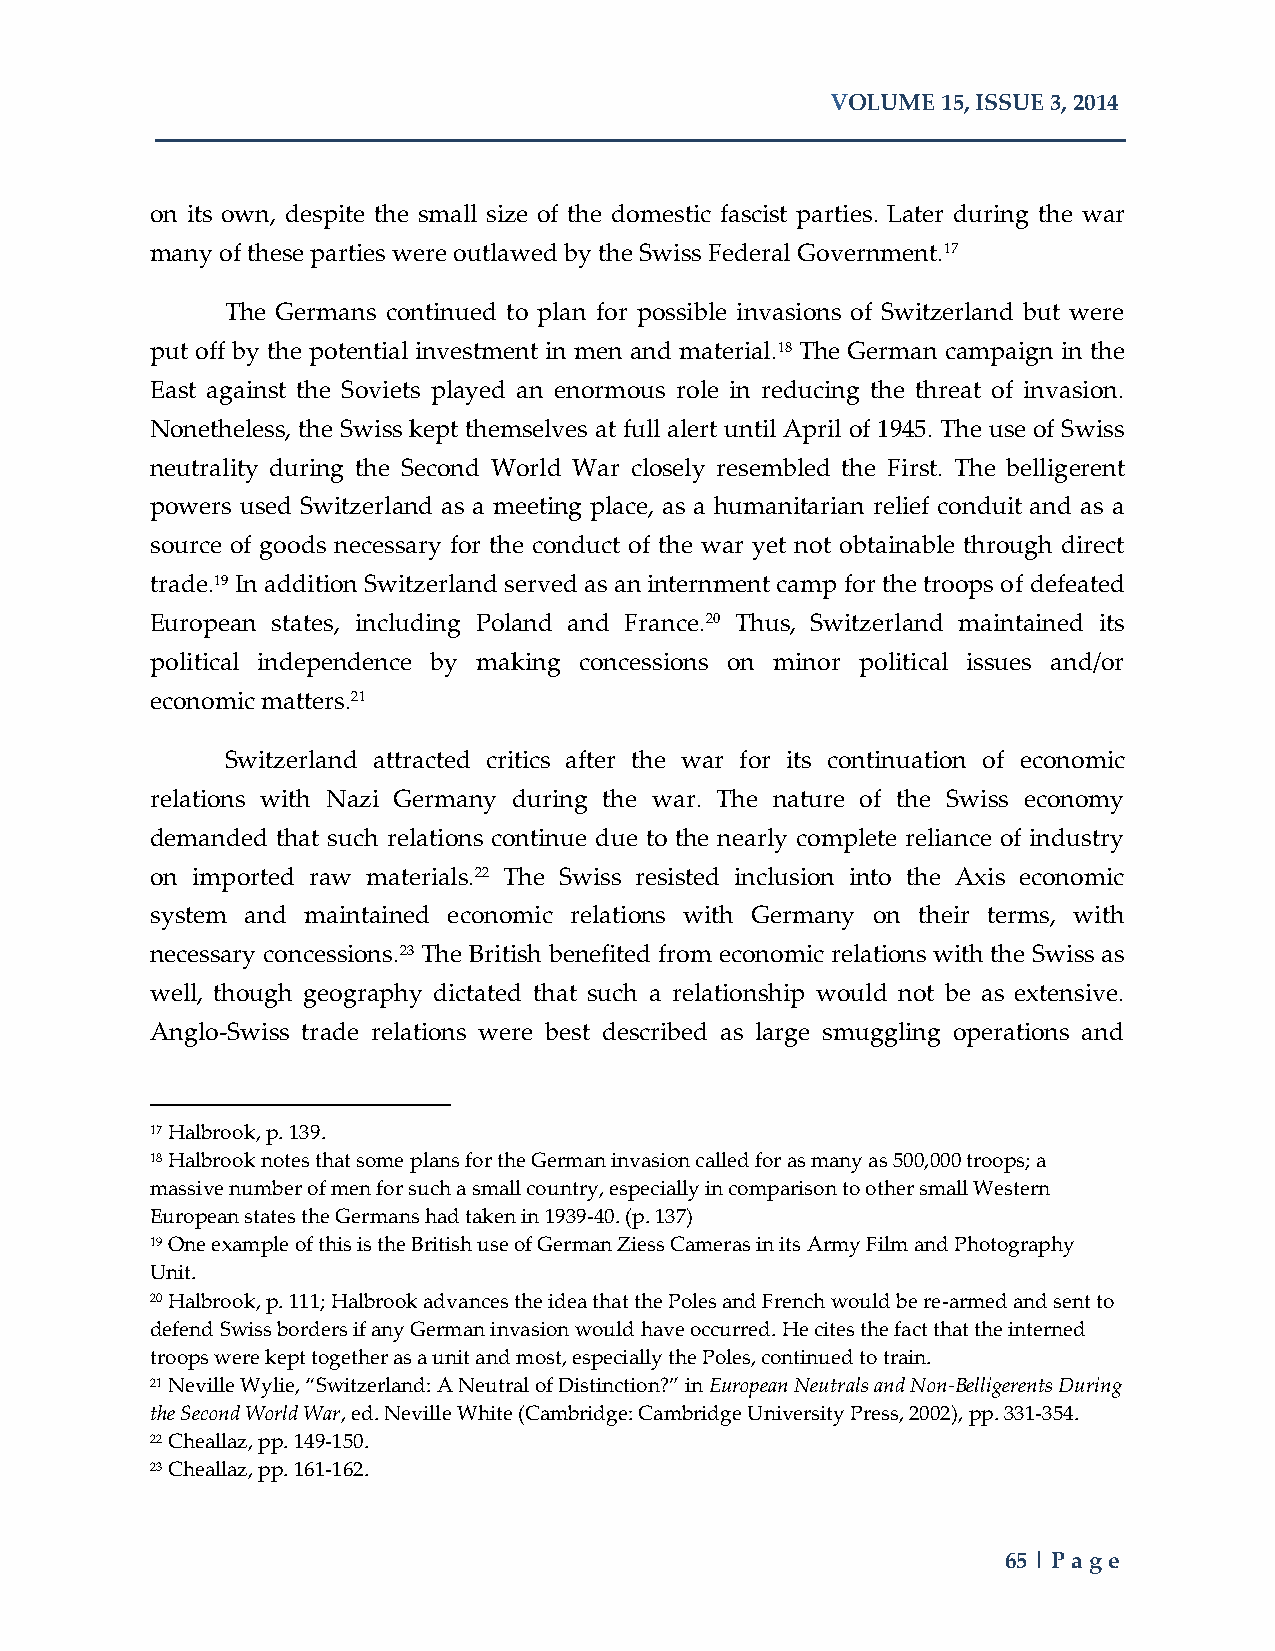
VOLUME 15, ISSUE 3, 2014
 on its own, despite the small size of the domestic fascist parties. Later during the war
 many of these parties were outlawed by the Swiss Federal Government.17
 The Germans continued to plan for possible invasions of Switzerland but were
 put off by the potential investment in men and material.18 The German campaign in the
 East against the Soviets played an enormous role in reducing the threat of invasion.
 Nonetheless, the Swiss kept themselves at full alert until April of 1945. The use of Swiss
 neutrality during the Second World War closely resembled the First. The belligerent
 powers used Switzerland as a meeting place, as a humanitarian relief conduit and as a
 source of goods necessary for the conduct of the war yet not obtainable through direct
 trade.19 In addition Switzerland served as an internment camp for the troops of defeated
 European states, including Poland and France.20 Thus, Switzerland maintained its
 political independence by making concessions on minor political issues and/or
 economic matters.21
 Switzerland attracted critics after the war for its continuation of economic
 relations with Nazi Germany during the war. The nature of the Swiss economy
 demanded that such relations continue due to the nearly complete reliance of industry
 on imported raw materials.22 The Swiss resisted inclusion into the Axis economic
 system and maintained economic relations with Germany on their terms, with
 necessary concessions.23 The British benefited from economic relations with the Swiss as
 well, though geography dictated that such a relationship would not be as extensive.
 Anglo-Swiss trade relations were best described as large smuggling operations and
 17 Halbrook, p. 139.
 18 Halbrook notes that some plans for the German invasion called for as many as 500,000 troops; a
 massive number of men for such a small country, especially in comparison to other small Western
 European states the Germans had taken in 1939-40. (p. 137)
 19 One example of this is the British use of German Ziess Cameras in its Army Film and Photography
 Unit.
 20 Halbrook, p. 111; Halbrook advances the idea that the Poles and French would be re-armed and sent to
 defend Swiss borders if any German invasion would have occurred. He cites the fact that the interned
 troops were kept together as a unit and most, especially the Poles, continued to train.
 21 Neville Wylie, “Switzerland: A Neutral of Distinction?” in European Neutrals and Non-Belligerents During
 the Second World War, ed. Neville White (Cambridge: Cambridge University Press, 2002), pp. 331-354.
 22 Cheallaz, pp. 149-150.
 23 Cheallaz, pp. 161-162.
 65 | Page